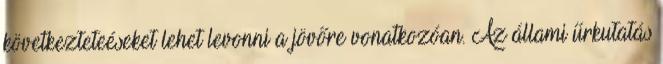
következteteéseket lehet levonni a jövőre vonatkozóan. Az állami űrkutatás